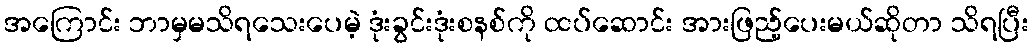
အကြောင်း ဘာမှမသိရသေးပေမဲ့ ဒုံးခွင်းဒုံးစနစ်ကို ထပ်ဆောင်း အားဖြည့်ပေးမယ်ဆိုတာ သိရပြီး